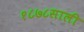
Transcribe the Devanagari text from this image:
१८७८साली